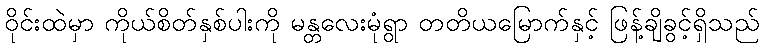
ဝိုင်းထဲမှာ ကိုယ်စိတ်နှစ်ပါးကို မန္တလေးမုံရွာ တတိယမြောက်နှင့် ဖြန့်ချိခွင့်ရှိသည်